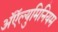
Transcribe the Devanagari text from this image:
अॅऍल्युमिनियम